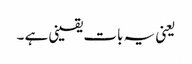
یعنی یہ بات یقینی ہے ۔